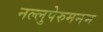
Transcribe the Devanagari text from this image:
नल्लुपेरुमनम